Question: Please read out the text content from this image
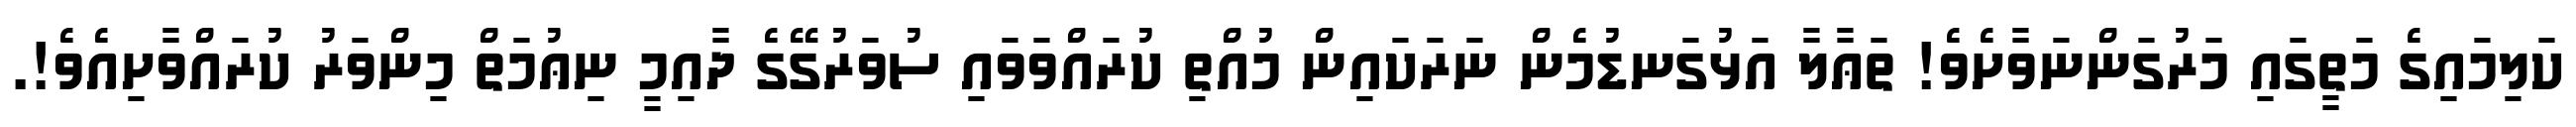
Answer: ކަލިމައިގެ މަތީގައި މަރުގަންނަވާށެވެ! ތަޢާލާ އަޅުގަނޑުމެން ނަރަކައިން މުއްތި ކުރައްވަވައި ސުވަރުގޭގެ ދާއިމީ ނިޢުމަތް މިންވަރު ކުރައްވާށިއެވެ!.